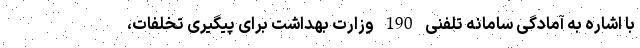
با اشاره به آمادگی سامانه تلفنی 190 وزارت بهداشت برای پیگیری تخلفات،